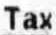
TAX